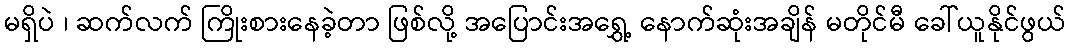
မရှိပဲ ၊ ဆက်လက် ကြိုးစားနေခဲ့တာ ဖြစ်လို့ အပြောင်းအရွှေ့ နောက်ဆုံးအချိန် မတိုင်မီ ခေါ်ယူနိုင်ဖွယ်